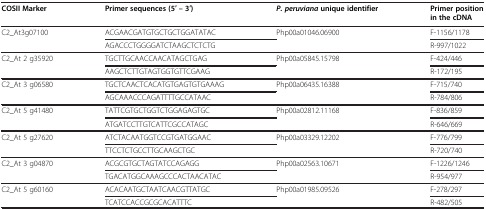
<table><thead><tr><td><b>COSII Marker</b></td><td><b>Primer sequences (5′ – 3′)</b></td><td><b><i>P. peruviana</i>unique identifier</b></td><td><b>Primer position in the cDNA</b></td></tr></thead><tbody><tr><td>C2_At3g07100</td><td>ACGAACGATGTGCTGCTGGATATAC</td><td>Php00a01046.06900</td><td>F-1156/1178</td></tr><tr><td> </td><td>AGACCCTGGGGATCTAAGCTCTCTG</td><td> </td><td>R-997/1022</td></tr><tr><td>C2_At 2 g35920</td><td>TGCTTGCAACCAACATAGCTGAG</td><td>Php00a05845.15798</td><td>F-424/446</td></tr><tr><td> </td><td>AAGCTCTTGTAGTGGTGTTCGAAG</td><td> </td><td>R-172/195</td></tr><tr><td>C2_At 3 g06580</td><td>TGCTCAACTCACATGTGAGTGTGAAAG</td><td>Php00a06435.16388</td><td>F-715/740</td></tr><tr><td> </td><td>AGCAAACCCAGATTTTGCCATAAC</td><td> </td><td>R-784/806</td></tr><tr><td>C2_At 5 g41480</td><td>TATTCGTGCTGGTCTGGAGAGTGC</td><td>Php00a02812.11168</td><td>F-836/859</td></tr><tr><td> </td><td>ATGATCCTTGTCATTCGCCATAGC</td><td> </td><td>R-646/669</td></tr><tr><td>C2_At 5 g27620</td><td>ATCTACAATGGTCCGTGATGGAAC</td><td>Php00a03329.12202</td><td>F-776/799</td></tr><tr><td> </td><td>TTCCTCTGCCTTGCAAGCTGC</td><td> </td><td>R-720/740</td></tr><tr><td>C2_At 3 g04870</td><td>ACGCGTGCTAGTATCCAGAGG</td><td>Php00a02563.10671</td><td>F-1226/1246</td></tr><tr><td> </td><td>TGACATGGCAAAGCCCACTAACATAC</td><td> </td><td>R-954/977</td></tr><tr><td>C2_At 5 g60160</td><td>ACACAATGCTAATCAACGTTATGC</td><td>Php00a01985.09526</td><td>F-278/297</td></tr><tr><td> </td><td>TCATCCACCGCGCACATTTC</td><td> </td><td>R-482/505</td></tr></tbody></table>